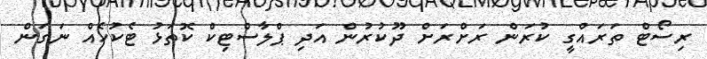
ރިސޯޓް ތަރައްގީ ކުރަން ރަށްރަށް ދޫކުރުން އަދި ޕްލާސްޓިކް ކޮތަޅު ޓެކުހެއް ނަގަން